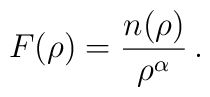
F(\rho) = \frac{n(\rho)}{\rho^{\alpha}} \,.